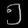
Digit: ၅